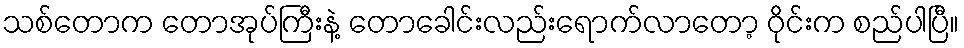
သစ်တောက တောအုပ်ကြီးနဲ့ တောခေါင်းလည်းရောက်လာတော့ ဝိုင်းက စည်ပါပြီ။